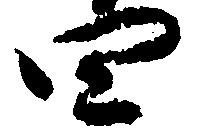
四